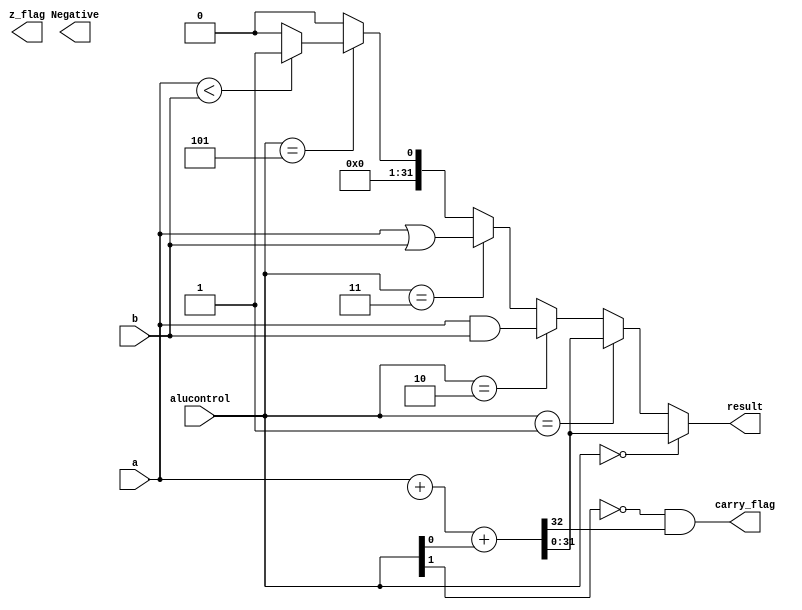
module alu (a,b,alucontrol,result,z_flag, carry_flag,Negative);
input [31:0] a,b ;
input [2:0] alucontrol;
output[31:0] result;
output Negative;
output carry_flag;
output  [31:0]z_flag;


wire  [31:0] sum ;
wire  [31:0]a_and_b;
wire  [31:0]a_or_b;
wire  [31:0]slt;
wire  [31:0]mux_1;
wire  [31:0]mux_2;
wire  [31:0] not_b;
wire cout;


assign {cout,sum} = a + mux_1 + alucontrol[0];
assign a_and_b = a & b;
assign a_or_b = a | b;
assign not_b = ~ b;
assign Z_flag = & (~result);
assign slt = (a<b)? 32'b00000000000000000000000000000001 : 32'b00000000000000000000000000000000 ;
assign mux1 = (alucontrol[0] == 1'b0  ) ? b : not_b;
assign Negative = Result[31];
assign carry_flag = (~ alucontrol[1] & cout);


assign {result} =  (alucontrol[2:0] == 3'b000)? sum  :
                (alucontrol[2:0] == 3'b001)? sum :
                (alucontrol[2:0] == 3'b010)? a_and_b :
                (alucontrol[2:0] == 3'b011)? a_or_b :
                (alucontrol[2:0] == 3'b101)? slt : 32'h00000000 ;
                

    
endmodule